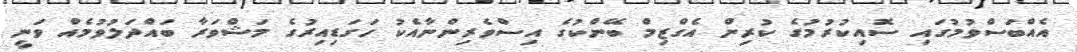
އެއްބަސްވުމުގައި ސޮއިކުރުމުގެ ކުރިން އެގްޒިމް ބޭންކުގެ އިސްވެރިންނާއެކު ހަގަޑިއިރުގެ މަޝްވަރާ ބައްދަލުވުމެއް ވަނީ